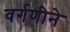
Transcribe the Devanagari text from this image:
वर्गणीने